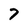
Character: 7